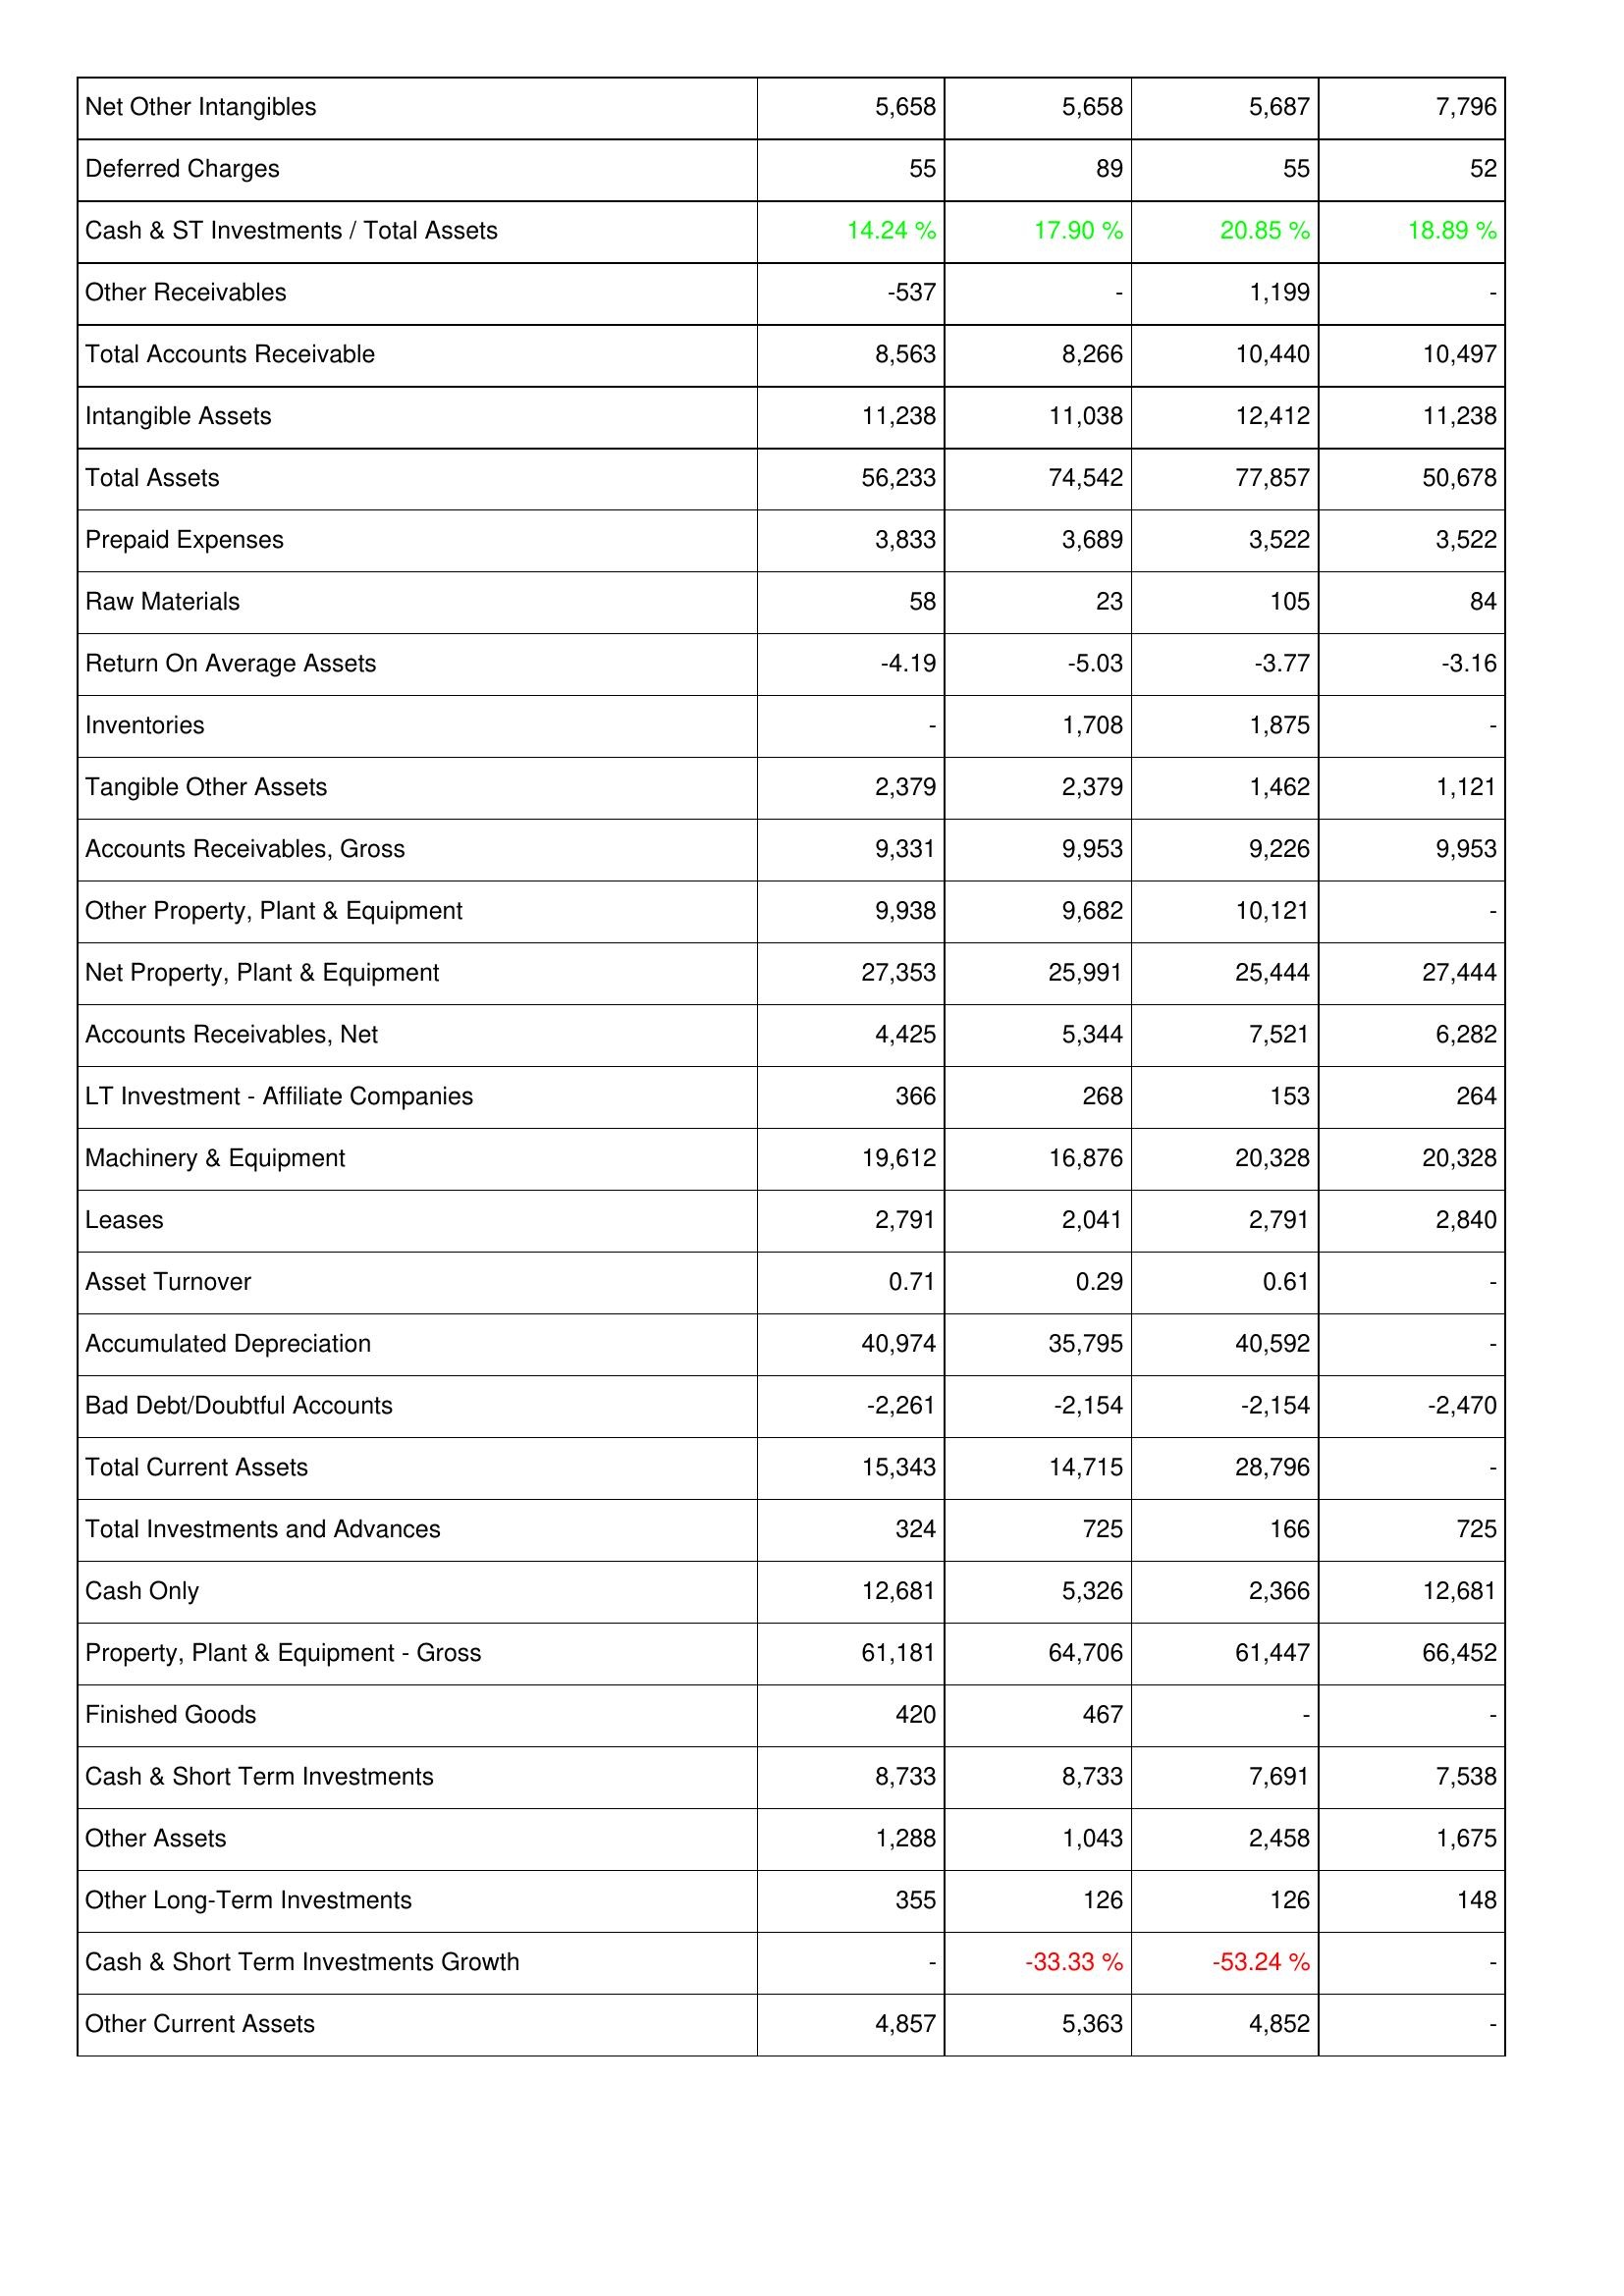
2012: Assets: Net Other Intangibles: 5,658
Deferred Charges: 55
Cash & ST Investments / Total Assets: 14.24 %
Other Receivables: -537
Total Accounts Receivable: 8,563
Intangible Assets: 11,238
Total Assets: 56,233
Prepaid Expenses: 3,833
Raw Materials: 58
Return On Average Assets: -4.19
Inventories: -
Tangible Other Assets: 2,379
Accounts Receivables, Gross: 9,331
Other Property, Plant & Equipment: 9,938
Net Property, Plant & Equipment: 27,353
Accounts Receivables, Net: 4,425
LT Investment - Affiliate Companies: 366
Machinery & Equipment: 19,612
Leases: 2,791
Asset Turnover: 0.71
Accumulated Depreciation: 40,974
Bad Debt/Doubtful Accounts: -2,261
Total Current Assets: 15,343
Total Investments and Advances: 324
Cash Only: 12,681
Property, Plant & Equipment - Gross: 61,181
Finished Goods: 420
Cash & Short Term Investments: 8,733
Other Assets: 1,288
Other Long-Term Investments: 355
Cash & Short Term Investments Growth: -
Other Current Assets: 4,857
2013: Assets: Net Other Intangibles: 5,658
Deferred Charges: 89
Cash & ST Investments / Total Assets: 17.90 %
Other Receivables: -
Total Accounts Receivable: 8,266
Intangible Assets: 11,038
Total Assets: 74,542
Prepaid Expenses: 3,689
Raw Materials: 23
Return On Average Assets: -5.03
Inventories: 1,708
Tangible Other Assets: 2,379
Accounts Receivables, Gross: 9,953
Other Property, Plant & Equipment: 9,682
Net Property, Plant & Equipment: 25,991
Accounts Receivables, Net: 5,344
LT Investment - Affiliate Companies: 268
Machinery & Equipment: 16,876
Leases: 2,041
Asset Turnover: 0.29
Accumulated Depreciation: 35,795
Bad Debt/Doubtful Accounts: -2,154
Total Current Assets: 14,715
Total Investments and Advances: 725
Cash Only: 5,326
Property, Plant & Equipment - Gross: 64,706
Finished Goods: 467
Cash & Short Term Investments: 8,733
Other Assets: 1,043
Other Long-Term Investments: 126
Cash & Short Term Investments Growth: -33.33 %
Other Current Assets: 5,363
2014: Assets: Net Other Intangibles: 5,687
Deferred Charges: 55
Cash & ST Investments / Total Assets: 20.85 %
Other Receivables: 1,199
Total Accounts Receivable: 10,440
Intangible Assets: 12,412
Total Assets: 77,857
Prepaid Expenses: 3,522
Raw Materials: 105
Return On Average Assets: -3.77
Inventories: 1,875
Tangible Other Assets: 1,462
Accounts Receivables, Gross: 9,226
Other Property, Plant & Equipment: 10,121
Net Property, Plant & Equipment: 25,444
Accounts Receivables, Net: 7,521
LT Investment - Affiliate Companies: 153
Machinery & Equipment: 20,328
Leases: 2,791
Asset Turnover: 0.61
Accumulated Depreciation: 40,592
Bad Debt/Doubtful Accounts: -2,154
Total Current Assets: 28,796
Total Investments and Advances: 166
Cash Only: 2,366
Property, Plant & Equipment - Gross: 61,447
Finished Goods: -
Cash & Short Term Investments: 7,691
Other Assets: 2,458
Other Long-Term Investments: 126
Cash & Short Term Investments Growth: -53.24 %
Other Current Assets: 4,852
2015: Assets: Net Other Intangibles: 7,796
Deferred Charges: 52
Cash & ST Investments / Total Assets: 18.89 %
Other Receivables: -
Total Accounts Receivable: 10,497
Intangible Assets: 11,238
Total Assets: 50,678
Prepaid Expenses: 3,522
Raw Materials: 84
Return On Average Assets: -3.16
Inventories: -
Tangible Other Assets: 1,121
Accounts Receivables, Gross: 9,953
Other Property, Plant & Equipment: -
Net Property, Plant & Equipment: 27,444
Accounts Receivables, Net: 6,282
LT Investment - Affiliate Companies: 264
Machinery & Equipment: 20,328
Leases: 2,840
Asset Turnover: -
Accumulated Depreciation: -
Bad Debt/Doubtful Accounts: -2,470
Total Current Assets: -
Total Investments and Advances: 725
Cash Only: 12,681
Property, Plant & Equipment - Gross: 66,452
Finished Goods: -
Cash & Short Term Investments: 7,538
Other Assets: 1,675
Other Long-Term Investments: 148
Cash & Short Term Investments Growth: -
Other Current Assets: -